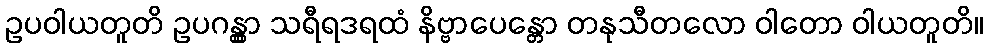
ဥပဝါယတူတိ ဥပဂန္တွာ သရီရဒရထံ နိဗ္ဗာပေန္တော တနုသီတလော ဝါတော ဝါယတူတိ။